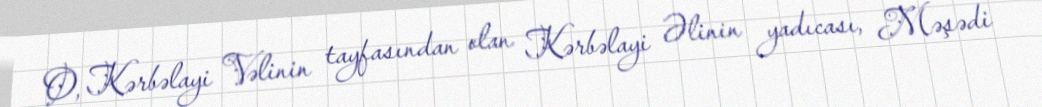
O, Kərbəlayi Vəlinin tayfasından olan Kərbəlayi Əlinin yadıcası, Məşədi